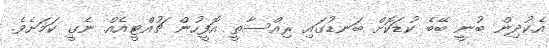
އެކުދިން ބުނީ ބޭބެ ކުޑަކޮށް ބަނޑުގައި ރިއްސާތީ އޮފީހުން ޗުއްޓީއެއް ނެގީ ކަމަށެވެ.